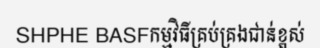
SHPHE BASFកម្មវិធីគ្រប់គ្រងជាន់ខ្ពស់